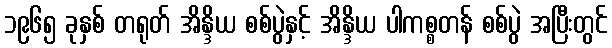
၁၉၆၅ ခုနှစ် တရုတ် အိန္ဒိယ စစ်ပွဲနှင့် အိန္ဒိယ ပါကစ္စတန် စစ်ပွဲ အပြီးတွင်